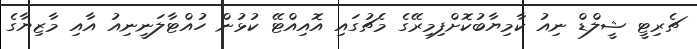
ޗެރިޓީ ޝީލްޑް ނިއު ކާމިޔާބުކޮށްފިމިރޭގެ މެޗުގައި އޮއިއްޓޭ ކުޅުން ހުއްޓާލަނީނިއު އާއި މާޒިޔާގެ